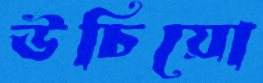
উচিয়ো